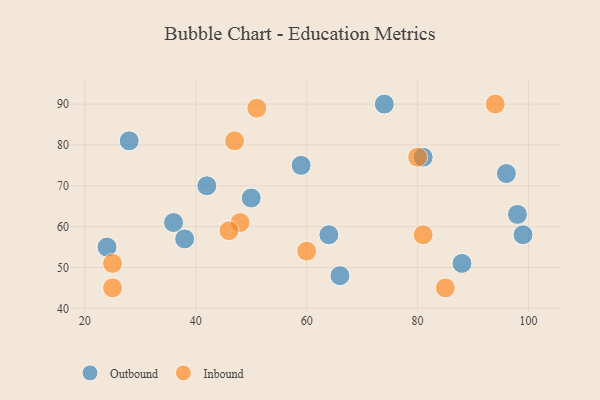
{"axis": {"x": "GDP", "y": "Life Expectancy"}, "legend": ["Inbound", "Outbound"], "data": [{"x": "24", "y": 55, "type": "Outbound"}, {"x": "42", "y": 70, "type": "Outbound"}, {"x": "81", "y": 77, "type": "Outbound"}, {"x": "66", "y": 48, "type": "Outbound"}, {"x": "64", "y": 58, "type": "Outbound"}, {"x": "96", "y": 73, "type": "Outbound"}, {"x": "36", "y": 61, "type": "Outbound"}, {"x": "59", "y": 75, "type": "Outbound"}, {"x": "74", "y": 90, "type": "Outbound"}, {"x": "50", "y": 67, "type": "Outbound"}, {"x": "38", "y": 57, "type": "Outbound"}, {"x": "88", "y": 51, "type": "Outbound"}, {"x": "28", "y": 81, "type": "Outbound"}, {"x": "99", "y": 58, "type": "Outbound"}, {"x": "98", "y": 63, "type": "Outbound"}, {"x": "47", "y": 81, "type": "Inbound"}, {"x": "51", "y": 89, "type": "Inbound"}, {"x": "81", "y": 58, "type": "Inbound"}, {"x": "48", "y": 61, "type": "Inbound"}, {"x": "94", "y": 90, "type": "Inbound"}, {"x": "25", "y": 45, "type": "Inbound"}, {"x": "85", "y": 45, "type": "Inbound"}, {"x": "25", "y": 51, "type": "Inbound"}, {"x": "46", "y": 59, "type": "Inbound"}, {"x": "80", "y": 77, "type": "Inbound"}, {"x": "60", "y": 54, "type": "Inbound"}]}